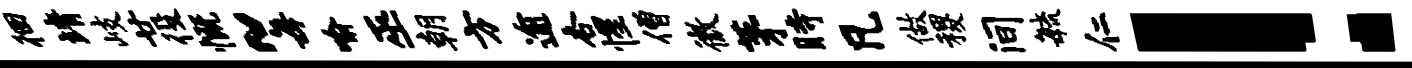
徊靖岐廿役慨~每喻巫朝方逾杏惺僧微茅时凡做稷间敏仁！